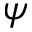
\psi